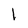
Character: 1